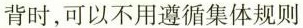
背时，可以不用遵循集体规则